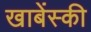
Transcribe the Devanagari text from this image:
खाबेंस्की